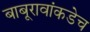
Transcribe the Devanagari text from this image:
बाबूरावांकडेच